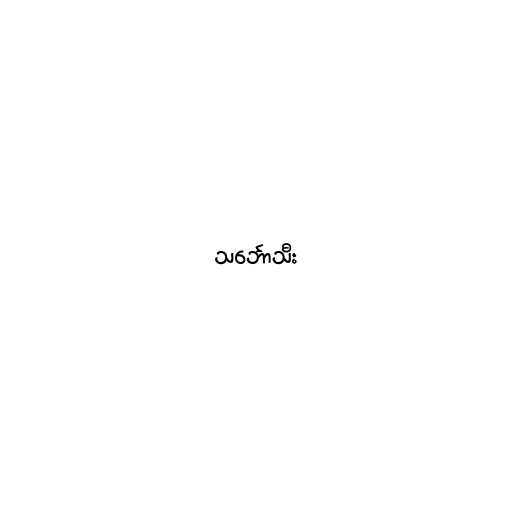
သင်္ဘောသီး